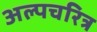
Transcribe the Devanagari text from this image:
अल्पचरित्र